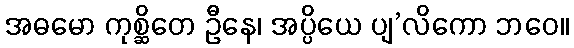
အဓမော ကုစ္ဆိတေ ဦနေ၊ အပ္ပိယေ ပျ’လိကော ဘဝေ။